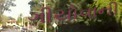
ગીયોવાની